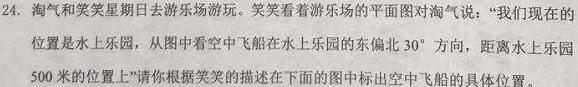
24. 淘气和笑笑星期日去游乐场游玩。笑笑看着游乐场的平面图对淘气说：“我们现在的位置是水上乐园，从图中看空中飞船在水上乐园的东偏北$30^{\circ}$方向，距离水上乐园500米的位置上”请你根据笑笑的描述在下面的图中标出空中飞船的具体位置。